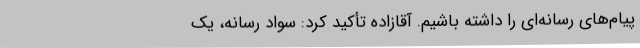
پیام‌های رسانه‌ای را داشته باشیم. آقازاده تأکید کرد: سواد رسانه، یک